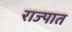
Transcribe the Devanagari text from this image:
राज्पात